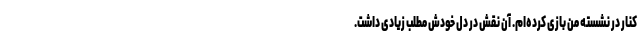
کنار در نشسته من بازی کرده‌ام. آن نقش در دل خودش مطلب زیادی داشت.